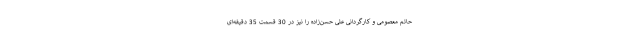
حاتم معصومی و کارگردانی علی حسن‌زاده را نیز در 30 قسمت 35 دقیقه‌ای